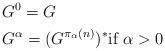
LaTeX: \begin{align*}&G^0 = G \\&G^{\alpha} = (G^{\pi_\alpha(n)})^* \mbox{if }\alpha>0\end{align*}